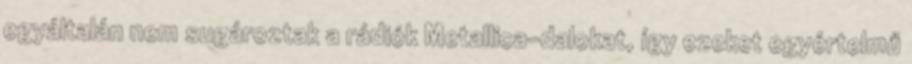
egyáltalán nem sugároztak a rádiók Metallica-dalokat, így ezeket egyértelmű